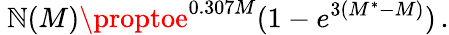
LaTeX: \ \mathbb{N}(M)\proptoe^{0.307M}(1-e^{3(M^{*}-M)})\, .